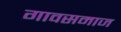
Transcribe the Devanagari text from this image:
गावसमाज